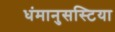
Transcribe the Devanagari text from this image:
धंमानुसस्टिया